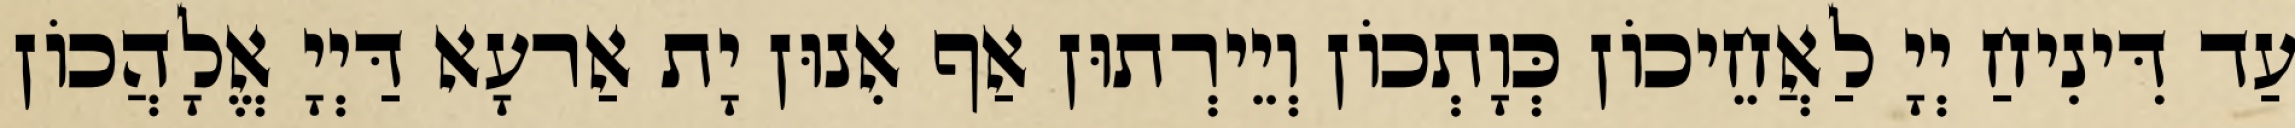
עַד דִּינִיחַ יְיָ לַאֲחֵיכוֹן כְּוָתְכוֹן וְיֵירְתוּן אַף אִנוּן יָת אַרעָא דַּיְיָ אֱלָהֲכוֹן